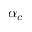
\alpha _ { c }